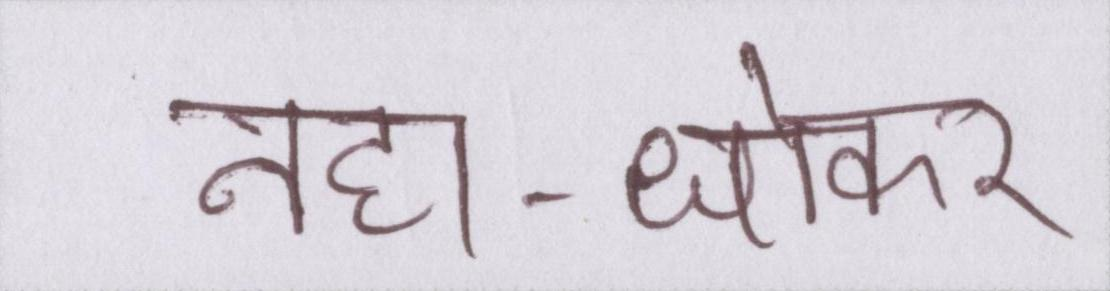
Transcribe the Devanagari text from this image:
नहा-धोकर